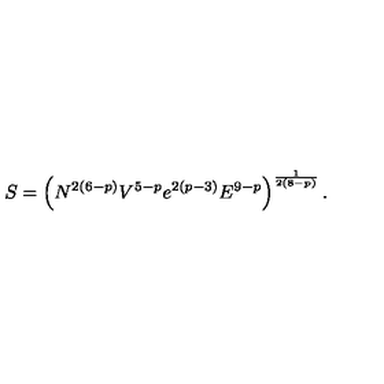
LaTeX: S = \left( N ^ { 2 ( 6 - p ) } V ^ { 5 - p } e ^ { 2 ( p - 3 ) } E ^ { 9 - p } \right) ^ { \frac { 1 } { 2 ( 8 - p ) } } .